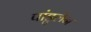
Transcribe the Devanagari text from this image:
पांडुलेन